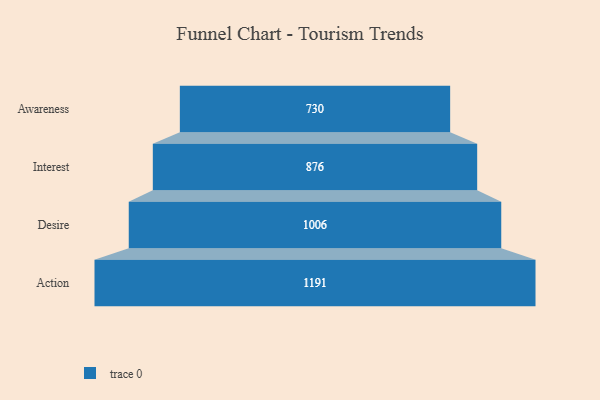
{"axis": {"x": "Stage", "y": "Value"}, "legend": [""], "data": [{"x": "Awareness", "y": 730.0, "type": ""}, {"x": "Interest", "y": 876.0, "type": ""}, {"x": "Desire", "y": 1006.0, "type": ""}, {"x": "Action", "y": 1191.0, "type": ""}]}